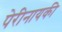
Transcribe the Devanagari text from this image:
पेरीनायकी